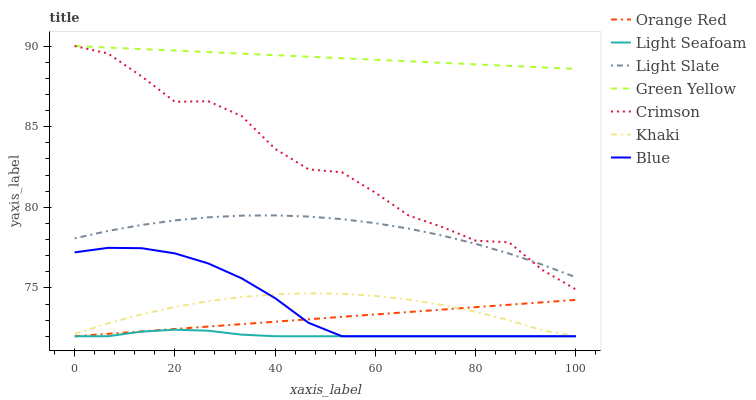
| xaxis_label | Orange Red | Light Seafoam | Light Slate | Green Yellow | Crimson | Khaki | Blue |
 | --- | --- | --- | --- | --- | --- | --- | --- |
 | 0 | 72 | 72 | 78.1 | 90 | 90 | 72.1 | 77.2 |
 | 6.67 | 72.2 | 72 | 78.5 | 89.9 | 89.5 | 72.8 | 77.5 |
 | 13.3 | 72.3 | 72.3 | 78.9 | 89.8 | 88.1 | 73.4 | 77.5 |
 | 20 | 72.5 | 72.4 | 79.2 | 89.7 | 86.5 | 73.8 | 77.1 |
 | 26.7 | 72.6 | 72.3 | 79.4 | 89.6 | 86.6 | 74.2 | 76.5 |
 | 33.3 | 72.8 | 72.1 | 79.5 | 89.5 | 85.7 | 74.4 | 75.6 |
 | 40 | 72.9 | 72 | 79.5 | 89.4 | 83.6 | 74.6 | 74.4 |
 | 46.7 | 73.1 | 72 | 79.4 | 89.3 | 82.4 | 74.7 | 72.8 |
 | 53.3 | 73.2 | 72 | 79.3 | 89.2 | 82.2 | 74.6 | 72 |
 | 60 | 73.4 | 72 | 79 | 89.1 | 80.9 | 74.5 | 72 |
 | 66.7 | 73.5 | 72 | 78.7 | 89.1 | 79.5 | 74.3 | 72 |
 | 73.3 | 73.7 | 72 | 78.2 | 89 | 78.8 | 73.9 | 72 |
 | 80 | 73.8 | 72 | 77.7 | 88.9 | 77.9 | 73.5 | 72 |
 | 86.7 | 74 | 72 | 77.1 | 88.8 | 77.8 | 73 | 72 |
 | 93.3 | 74.1 | 72 | 76.4 | 88.7 | 76.1 | 72.4 | 72 |
 | 100 | 74.3 | 72 | 75.7 | 88.6 | 74.9 | 72 | 72 |